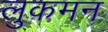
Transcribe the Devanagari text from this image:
लुकमन